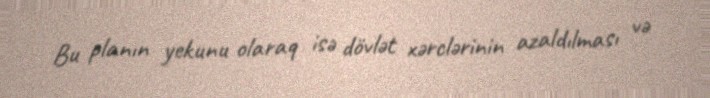
Bu planın yekunu olaraq isə dövlət xərclərinin azaldılması və